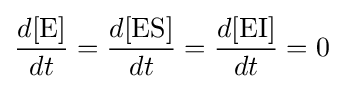
{\frac {d[{\ce {E}}]}{dt}}={\frac {d[{\mathrm {ES} }]}{dt}}={\frac {d[{\mathrm {EI} }]}{dt}}=0